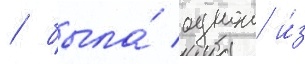
/ была́ однои и́з